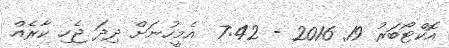
އޮކްޓޯބަރު 19